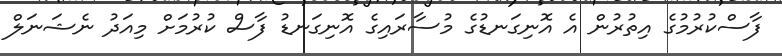
ފާސްކުރުމުގެ އިތުރުން އެ އޮނިގަނޑުގެ މުސާރައިގެ އޮނިގަނޑު ފާސް ކުރުމަށް މިއަދު ނެޝަނަލް